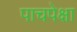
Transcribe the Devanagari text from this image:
पाचपेक्षा